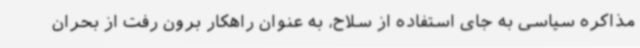
مذاکره سیاسی به جای استفاده از سلاح، به عنوان راهکار برون رفت از بحران